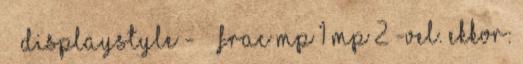
displaystyle - frac MP 1 MP 2 -vel. Ekkor: